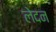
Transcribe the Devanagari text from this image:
लेदन